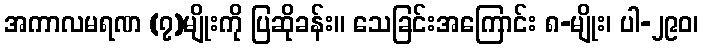
အကာလမရဏ (၇)မျိုးကို ပြဆိုခန်း။ သေခြင်းအကြောင်း ၈-မျိုး၊ ပါ-၂၉၀၊